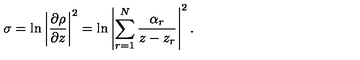
\sigma = \ln \left| { \frac { \partial \rho } { \partial z } } \right| ^ { 2 } = \ln \left| \sum _ { r = 1 } ^ { N } { \frac { \alpha _ { r } } { z - z _ { r } } } \right| ^ { 2 } .